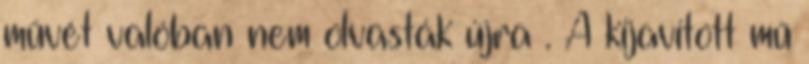
művét valóban nem olvasták újra . A kijavított mű